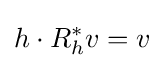
h\cdot R_{h}^{*}v=v